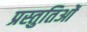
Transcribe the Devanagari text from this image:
प्रस्तुतिओं